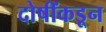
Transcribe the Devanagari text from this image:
दोषींकडून